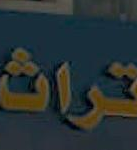
تراث